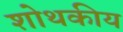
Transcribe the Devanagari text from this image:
शोथकीय